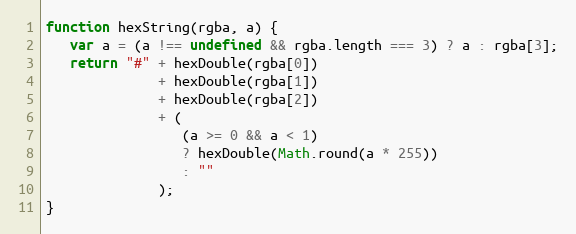
Language: JavaScript
function hexString(rgba, a) {
   var a = (a !== undefined && rgba.length === 3) ? a : rgba[3];
   return "#" + hexDouble(rgba[0])
              + hexDouble(rgba[1])
              + hexDouble(rgba[2])
              + (
                 (a >= 0 && a < 1)
                 ? hexDouble(Math.round(a * 255))
                 : ""
              );
}